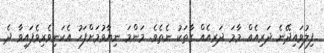
ފިލުވައިދޭނެ ދަރިއެއް މާމަ ދަރިއެއް ގާތަކު ނެތެވެ. މަންމަ ނިޔާވުމަށްފަހު އެކަނިވެރިވެފައިވާ ދެ